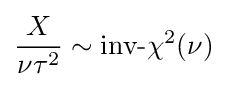
{\frac {X}{\nu \tau ^{2}}}\sim {\mbox{inv-}}\chi ^{2}(\nu )